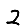
Digit: 2